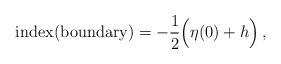
\begin{align*}\mbox{index(boundary)}=-\frac{1}{2}\Big(\eta(0)+h\Big)\, ,\end{align*}